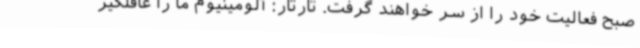
صبح فعالیت خود را از سر خواهند گرفت. تارتار: آلومینیوم ما را غافلگیر